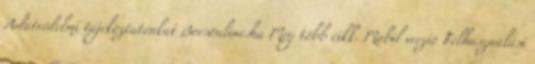
Adatvédelmi tájékoztatónkat Borsonline.hu Még több cikk. Mobil verzió Felhasználási